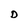
Character: D